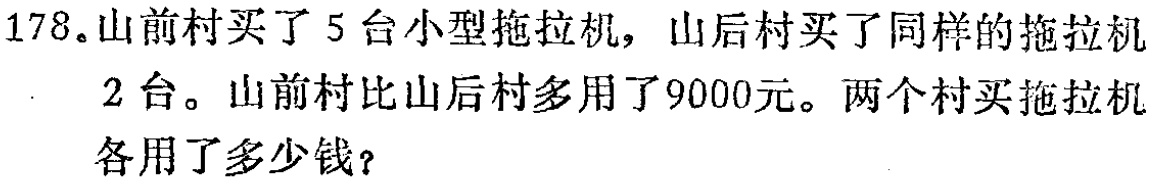
178.山前村买了5台小型拖拉机，山后村买了同样的拖拉机2台。山前村比山后村多用了9000元。两个村买拖拉机各用了多少钱？